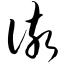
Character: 该